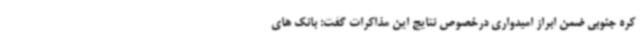
کره جنوبی ضمن ابراز امیدواری درخصوص نتایج این مذاکرات گفت: بانک های